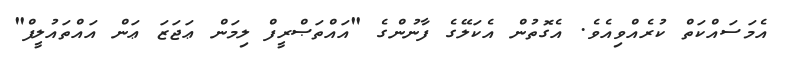
އެމަސައްކަތް ކުރެއްވިއެވެ. އެގޮތުން އެކަލޭގެ ފާނުންގެ "އައްތަޞްރީފް ލިމަން ޢަޖަޒަ ޢަން އައްތައުލީފް"